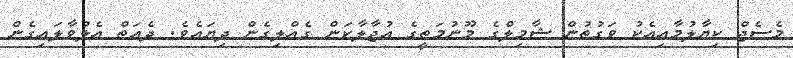
މެސެޖް ކިޔާލުމާއިއެކު ވަގުތުން ޝާމިލްގެ މޫނުމަތީގެ އުޖާލާކަން ގެއްލިގެން ދިޔައެވެ. ދެއަތް އެލުވާލައިގެން